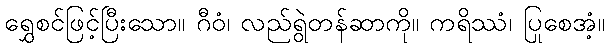
ရွှေစင်ဖြင့်ပြီးသော။ ဂီဝံ၊ လည်ရွဲတန်ဆာကို။ ကရိဿံ၊ ပြုစေအံ့။